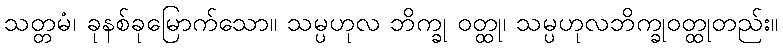
သတ္တမံ၊ ခုနစ်ခုမြောက်သော။ သမ္ပဟုလ ဘိက္ခု ဝတ္ထု၊ သမ္ပဟုလဘိက္ခုဝတ္ထုတည်း။